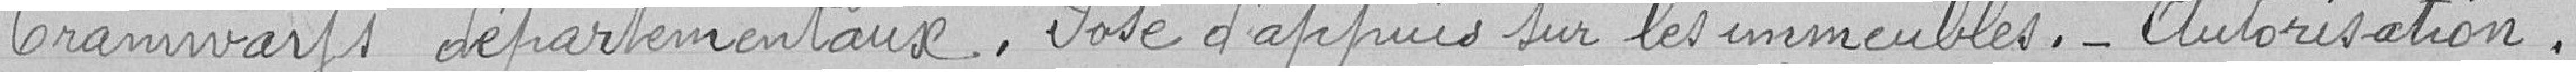
Tramways départementaux. Pose d'appuis sur les immeubles._ Autorisation .